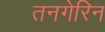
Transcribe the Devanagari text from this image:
तनगेरिन